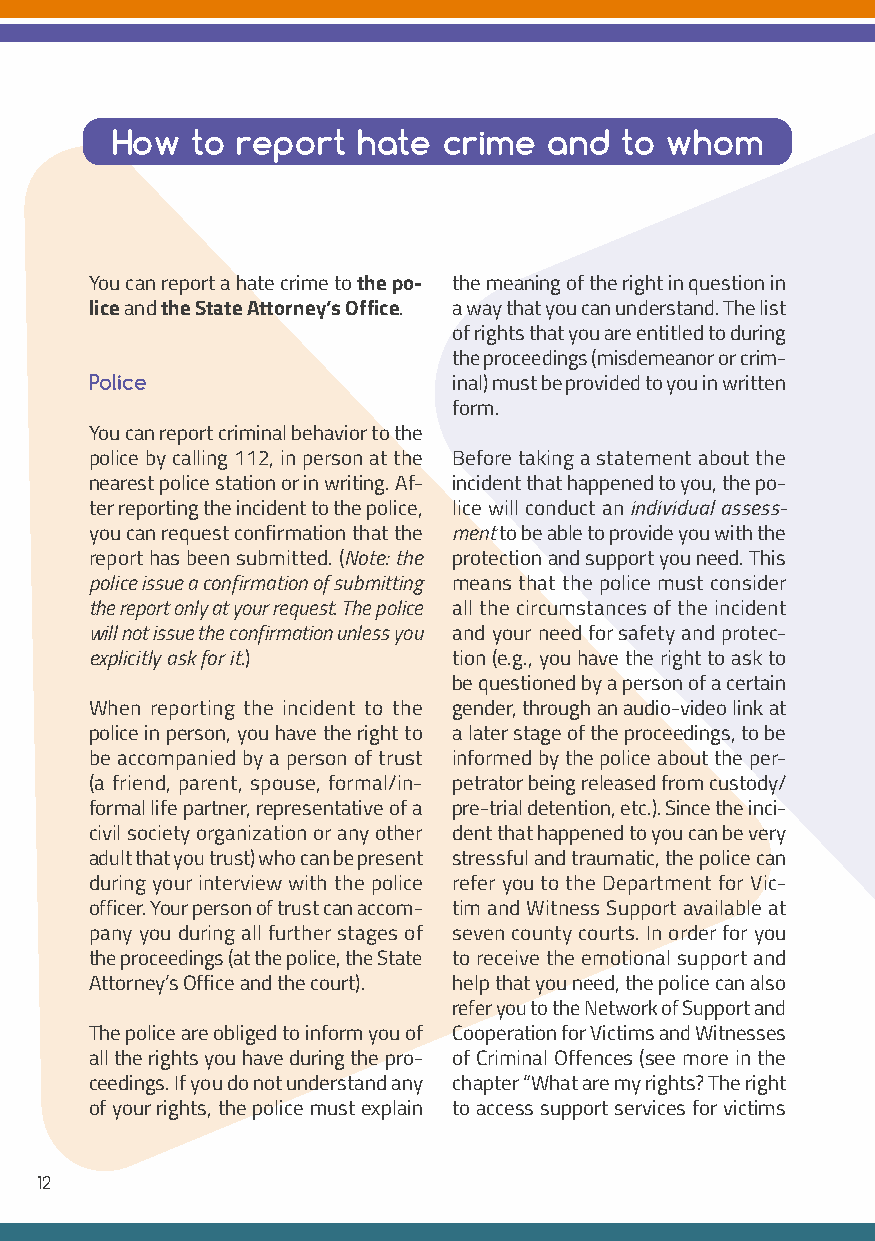
How   to report  hate crime  and  to whom
 You can report a hate crime to the po- the meaning of the right in question in
 lice and the State Attorney’s Office. a way that you can understand. The list
 of rights that you are entitled to during
 the proceedings (misdemeanor or crim-
 Police                  inal) must be provided to you in written
 form.
 You can report criminal behavior to the
 police by calling 112, in person at the Before taking a statement about the
 nearest police station or in writing. Af- incident that happened to you, the po-
 ter reporting the incident to the police, lice will conduct an individual assess-
 you can request confirmation that the ment to be able to provide you with the
 report has been submitted. (Note: the protection and support you need. This
 police issue a confirmation of submitting means that the police must consider
 the report only at your request. The police all the circumstances of the incident
 will not issue the confirmation unless you and your need for safety and protec-
 explicitly ask for it.) tion (e.g., you have the right to ask to
 be questioned by a person of a certain
 When reporting the incident to the gender, through an audio-video link at
 police in person, you have the right to a later stage of the proceedings, to be
 be accompanied by a person of trust informed by the police about the per-
 (a friend, parent, spouse, formal/in- petrator being released from custody/
 formal life partner, representative of a pre-trial detention, etc.). Since the inci-
 civil society organization or any other dent that happened to you can be very
 adult that you trust) who can be present stressful and traumatic, the police can
 during your interview with the police refer you to the Department for Vic-
 officer. Your person of trust can accom- tim and Witness Support available at
 pany you during all further stages of seven county courts. In order for you
 the proceedings (at the police, the State to receive the emotional support and
 Attorney’s Office and the court). help that you need, the police can also
 refer you to the Network of Support and
 The police are obliged to inform you of Cooperation for Victims and Witnesses
 all the rights you have during the pro- of Criminal Offences (see more in the
 ceedings. If you do not understand any chapter “What are my rights? The right
 of your rights, the police must explain to access support services for victims
 12